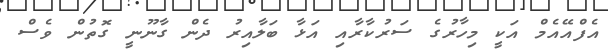
އެފްއޭއެމް އަކީ މިހާރުގެ ސަރުކާރާއި އަޅާ ބަލާއިރު ދެން ގާނޫނީ ގޮތުން ވެސް